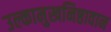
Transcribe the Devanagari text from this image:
उल्कामुखनिष्ठावान